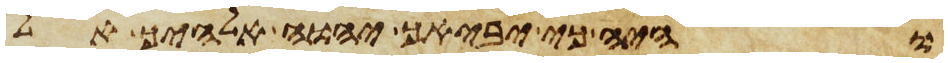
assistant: והיה כי יביאך יהוה אלהיך אל